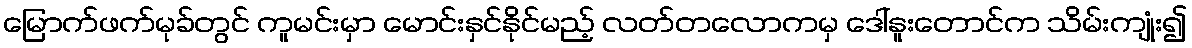
မြောက်ဖက်မုခ်တွင် ကူမင်းမှာ မောင်းနှင်နိုင်မည့် လတ်တလောကမှ ဒေါ်နူးတောင်က သိမ်းကျုံး၍